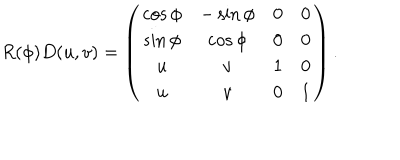
LaTeX: R ( \phi ) D ( u , v ) = \left( \begin{matrix} { { \cos \phi } } & { { - \sin \phi } } & { { 0 } } & { { 0 } } \\ { { \sin \phi } } & { { \cos \phi } } & { { 0 } } & { { 0 } } \\ { { u } } & { { v } } & { { 1 } } & { { 0 } } \\ { { u } } & { { v } } & { { 0 } } & { { 1 } } \\ \end{matrix} \right) .